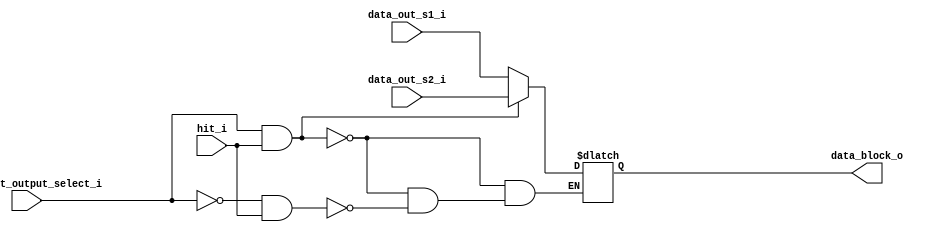
`timescale 1ns / 1ps
module Cache_output_set_select#( // Whether set0 output or set1 output to cache output, the module that chooses accordingly
    parameter block_size = 128
    )
    (
    input hit_i,
    input cache_set_output_select_i,
    input [block_size-1:0] data_out_s2_i,
    input [block_size-1:0] data_out_s1_i,
    output reg [block_size-1:0] data_block_o
  );
  always @(*) begin
        if(cache_set_output_select_i & (hit_i)) begin // If cache_set_output_select is 1, we will get output from set2
            data_block_o = data_out_s2_i;
        end
        else if(~cache_set_output_select_i & (hit_i)) begin // If cache_set_output_select is 0, we will get output from set1
            data_block_o = data_out_s1_i;
        end
end
endmodule